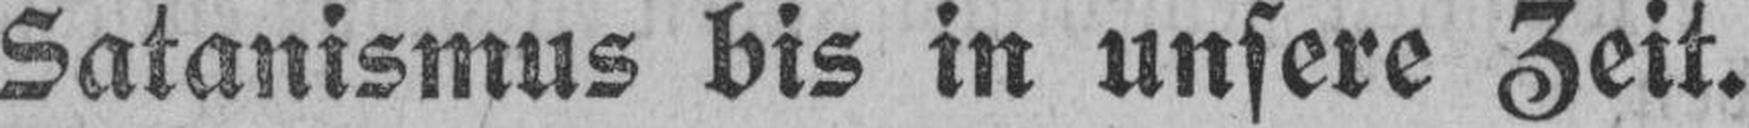
Satanismus bis in unsere Zeit.